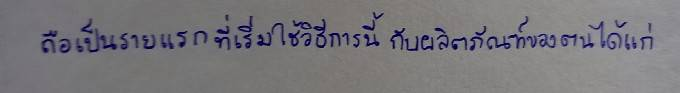
ถือเป็นรายแรกที่เริ่มใช้วิธีการนี้กับผลิตภัณฑ์ของตนได้แก่